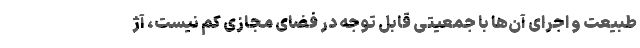
طبیعت و اجرای آن‌ها با جمعیتی قابل توجه در فضای مجازی کم نیست، آژ